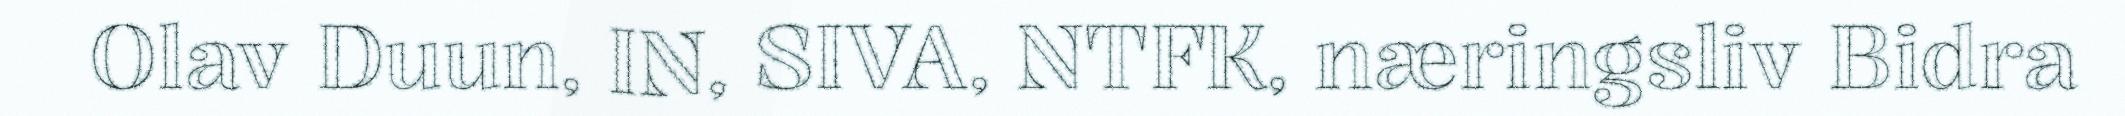
Olav Duun, IN, SIVA, NTFK, næringsliv Bidra